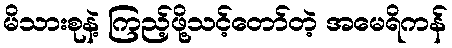
မိသားစုနဲ့ ကြည့်ဖို့သင့်တော်တဲ့ အမေရိကန်